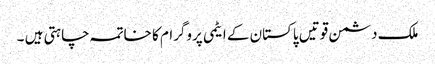
ملک دشمن قوتیں پاکستان کے ایٹمی پروگرام کا خاتمہ چاہتی ہیں ۔